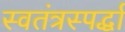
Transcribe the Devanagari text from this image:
स्वतंत्रस्पर्द्धा